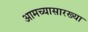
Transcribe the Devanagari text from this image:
आमच्यासारख्या